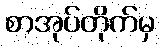
စာအုပ်တိုက်မှ